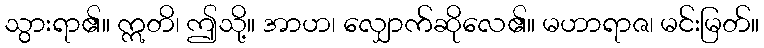
သွားရာ၏။ ဣတိ၊ ဤသို့။ အာဟ၊ လျှောက်ဆိုလေ၏။ မဟာရာဇ၊ မင်းမြတ်။